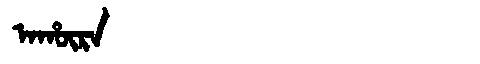
Manchu: ᠠᡥᡡᡵᠠ
Romanization: AHŪRA